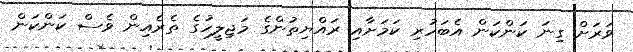
ވަރަށް ގިނަ ކަންކަން އެބަހުރި ކަމަށާއި ރައްޔިތުންގެ މަޖިލީހުގެ ތެރެއިން ވެސް ކަންކަން